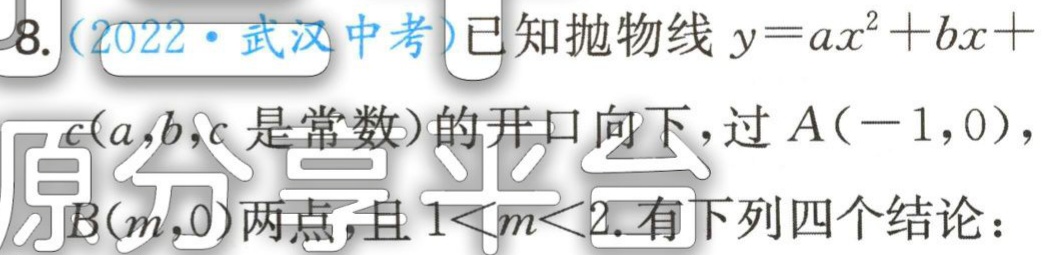
8.（2022·武汉中考）已知抛物线\(y = ax^{2}+bx + c(a,b,c\)是常数\()\)的开口向下，过\(A(-1,0)\)，\(B(m,0)\)两点，且\(1 < m < 2\).有下列四个结论：